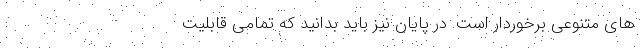
های متنوعی برخوردار است. در پایان نیز باید بدانید که تمامی قابلیت